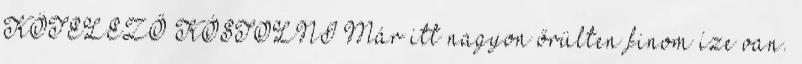
KÖTELEZŐ KÓSTOLNI Már itt nagyon őrülten finom íze van.